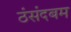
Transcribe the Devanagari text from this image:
ठंसंदबम